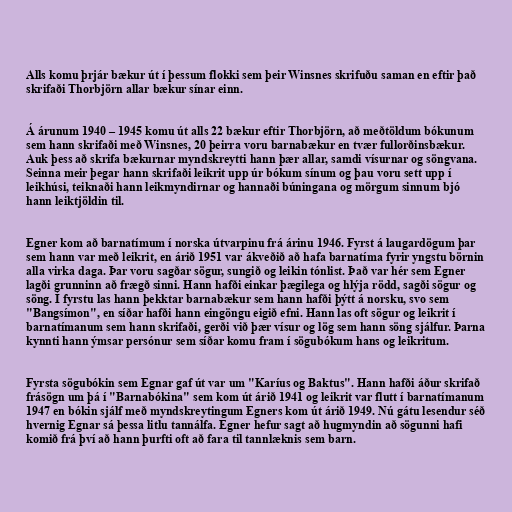
Alls komu þrjár bækur út í þessum flokki sem þeir Winsnes skrifuðu saman en eftir það
skrifaði Thorbjörn allar bækur sínar einn.

Á árunum 1940 – 1945 komu út alls 22 bækur eftir Thorbjörn, að meðtöldum bókunum
sem hann skrifaði með Winsnes, 20 þeirra voru barnabækur en tvær fullorðinsbækur.
Auk þess að skrifa bækurnar myndskreytti hann þær allar, samdi vísurnar og söngvana.
Seinna meir þegar hann skrifaði leikrit upp úr bókum sínum og þau voru sett upp í
leikhúsi, teiknaði hann leikmyndirnar og hannaði búningana og mörgum sinnum bjó
hann leiktjöldin til.

Egner kom að barnatímum í norska útvarpinu frá árinu 1946. Fyrst á laugardögum þar
sem hann var með leikrit, en árið 1951 var ákveðið að hafa barnatíma fyrir yngstu börnin
alla virka daga. Þar voru sagðar sögur, sungið og leikin tónlist. Það var hér sem Egner
lagði grunninn að frægð sinni. Hann hafði einkar þægilega og hlýja rödd, sagði sögur og
söng. Í fyrstu las hann þekktar barnabækur sem hann hafði þýtt á norsku, svo sem
"Bangsímon", en síðar hafði hann eingöngu eigið efni. Hann las oft sögur og leikrit í
barnatímanum sem hann skrifaði, gerði við þær vísur og lög sem hann söng sjálfur. Þarna
kynnti hann ýmsar persónur sem síðar komu fram í sögubókum hans og leikritum.

Fyrsta sögubókin sem Egnar gaf út var um "Karíus og Baktus". Hann hafði áður skrifað
frásögn um þá í "Barnabókina" sem kom út árið 1941 og leikrit var flutt í barnatímanum
1947 en bókin sjálf með myndskreytingum Egners kom út árið 1949. Nú gátu lesendur séð
hvernig Egnar sá þessa litlu tannálfa. Egner hefur sagt að hugmyndin að sögunni hafi
komið frá því að hann þurfti oft að fara til tannlæknis sem barn.